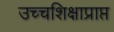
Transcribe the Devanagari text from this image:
उच्चशिक्षाप्राप्त